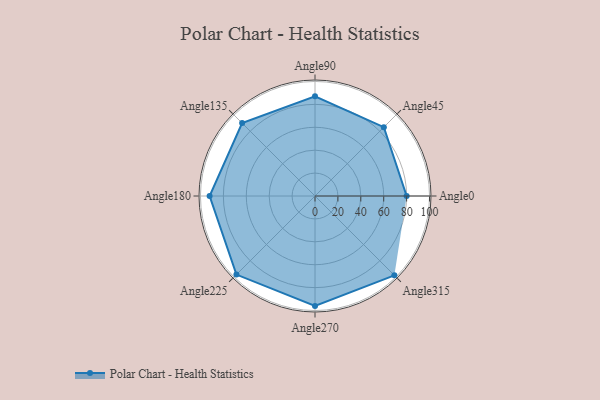
{"axis": {"x": "Angle", "y": "Radius"}, "legend": [""], "data": [{"x": "Angle0", "y": 80.0, "type": ""}, {"x": "Angle45", "y": 85.0, "type": ""}, {"x": "Angle90", "y": 87.0, "type": ""}, {"x": "Angle135", "y": 90.0, "type": ""}, {"x": "Angle180", "y": 92.0, "type": ""}, {"x": "Angle225", "y": 97.0, "type": ""}, {"x": "Angle270", "y": 96.0, "type": ""}, {"x": "Angle315", "y": 98.0, "type": ""}]}